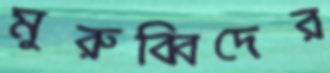
মুরুব্বিদের